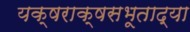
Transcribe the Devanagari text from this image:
यक्षराक्षसभूताद्या